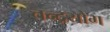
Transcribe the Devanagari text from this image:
चन्द्रयोग